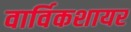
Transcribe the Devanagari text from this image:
वार्विकशायर